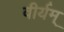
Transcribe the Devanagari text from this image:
वीर्यम्